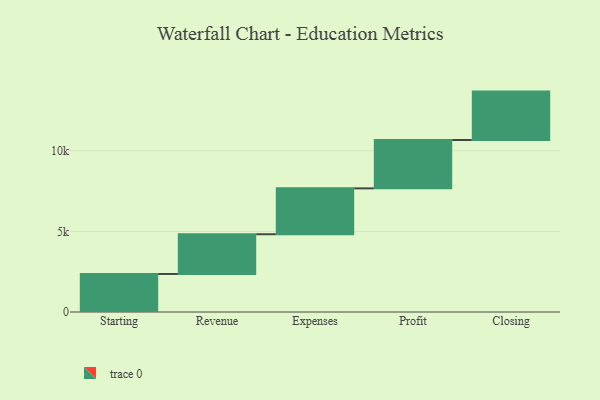
{"axis": {"x": "Step", "y": "Value"}, "legend": [""], "data": [{"x": "Starting", "y": 2358.0, "type": ""}, {"x": "Revenue", "y": 2463.0, "type": ""}, {"x": "Expenses", "y": 2845.0, "type": ""}, {"x": "Profit", "y": 3000, "type": ""}, {"x": "Closing", "y": 3000, "type": ""}]}